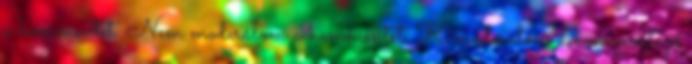
a kommentet. Nem moderálom a kommentet. Kimoderálom a kommentező